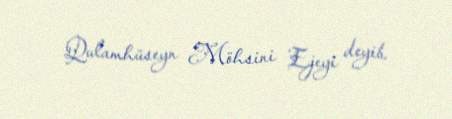
Qulamhüseyn Möhsini Ejeyi deyib.